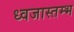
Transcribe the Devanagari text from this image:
ध्वजास्तम्भ